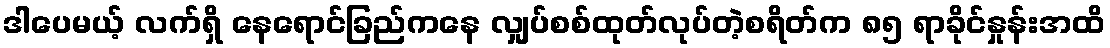
ဒါပေမယ့် လက်ရှိ နေရောင်ခြည်ကနေ လျှပ်စစ်ထုတ်လုပ်တဲ့စရိတ်က ၈၅ ရာခိုင်နှုန်းအထိ